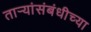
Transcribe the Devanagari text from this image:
तार्‍यांसंबंधीच्या